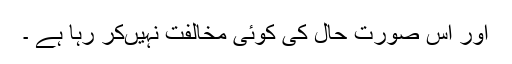
اور اس صورت حال کی کوئی مخالفت نہیںکر رہا ہے ۔